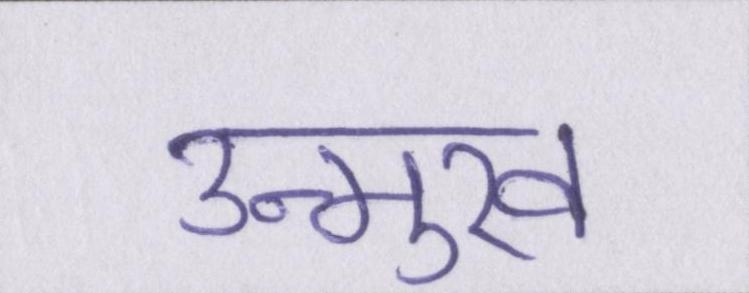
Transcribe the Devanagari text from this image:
उन्मुख